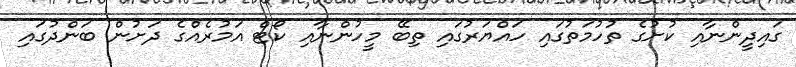
ގައިދީންނާއި ކުށުގެ ތުހުމަތުގައި ހައްޔަރުގައި ތިބޭ މީހުންނާއި ކޯޓް އަމުރެއްގެ ދަށުން ބަންދުގައި